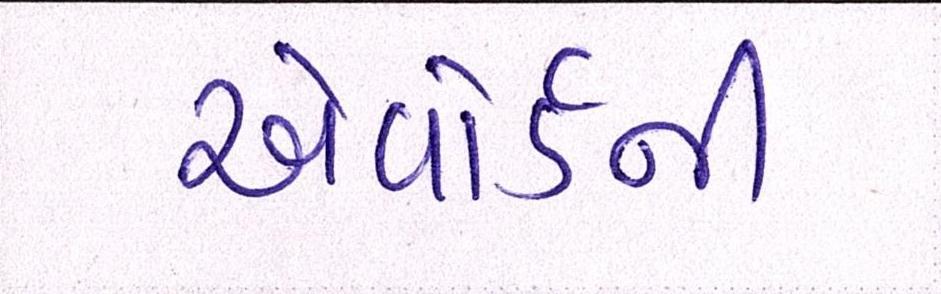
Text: એવોર્ડની